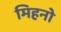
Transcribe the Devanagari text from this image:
मिहनो